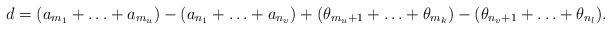
LaTeX: \begin{align*}d=(a_{m_1}+\ldots+a_{m_u})-(a_{n_1}+\ldots+a_{n_v})+(\theta_{m_u+1}+\ldots+\theta_{m_k})-(\theta_{n_v+1}+\ldots+\theta_{n_l}).\end{align*}